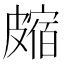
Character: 𥀝